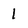
Character: 1